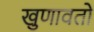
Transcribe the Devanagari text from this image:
खुणावतो